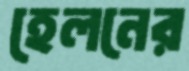
হেলনের